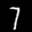
Label: 7